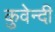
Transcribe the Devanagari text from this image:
कुवेन्दी